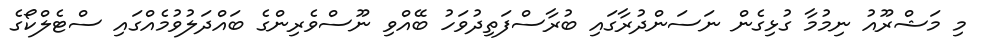
މި މަޝްރޫއު ނިމުމާ ގުޅިގެން ނަސަންދުރާގައި ބުރާސްފަތިދުވަހު ބޭއްވި ނޫސްވެރިންގެ ބައްދަލުވުމެއްގައި ސްޓެލްކޯގެ